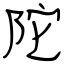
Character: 陀